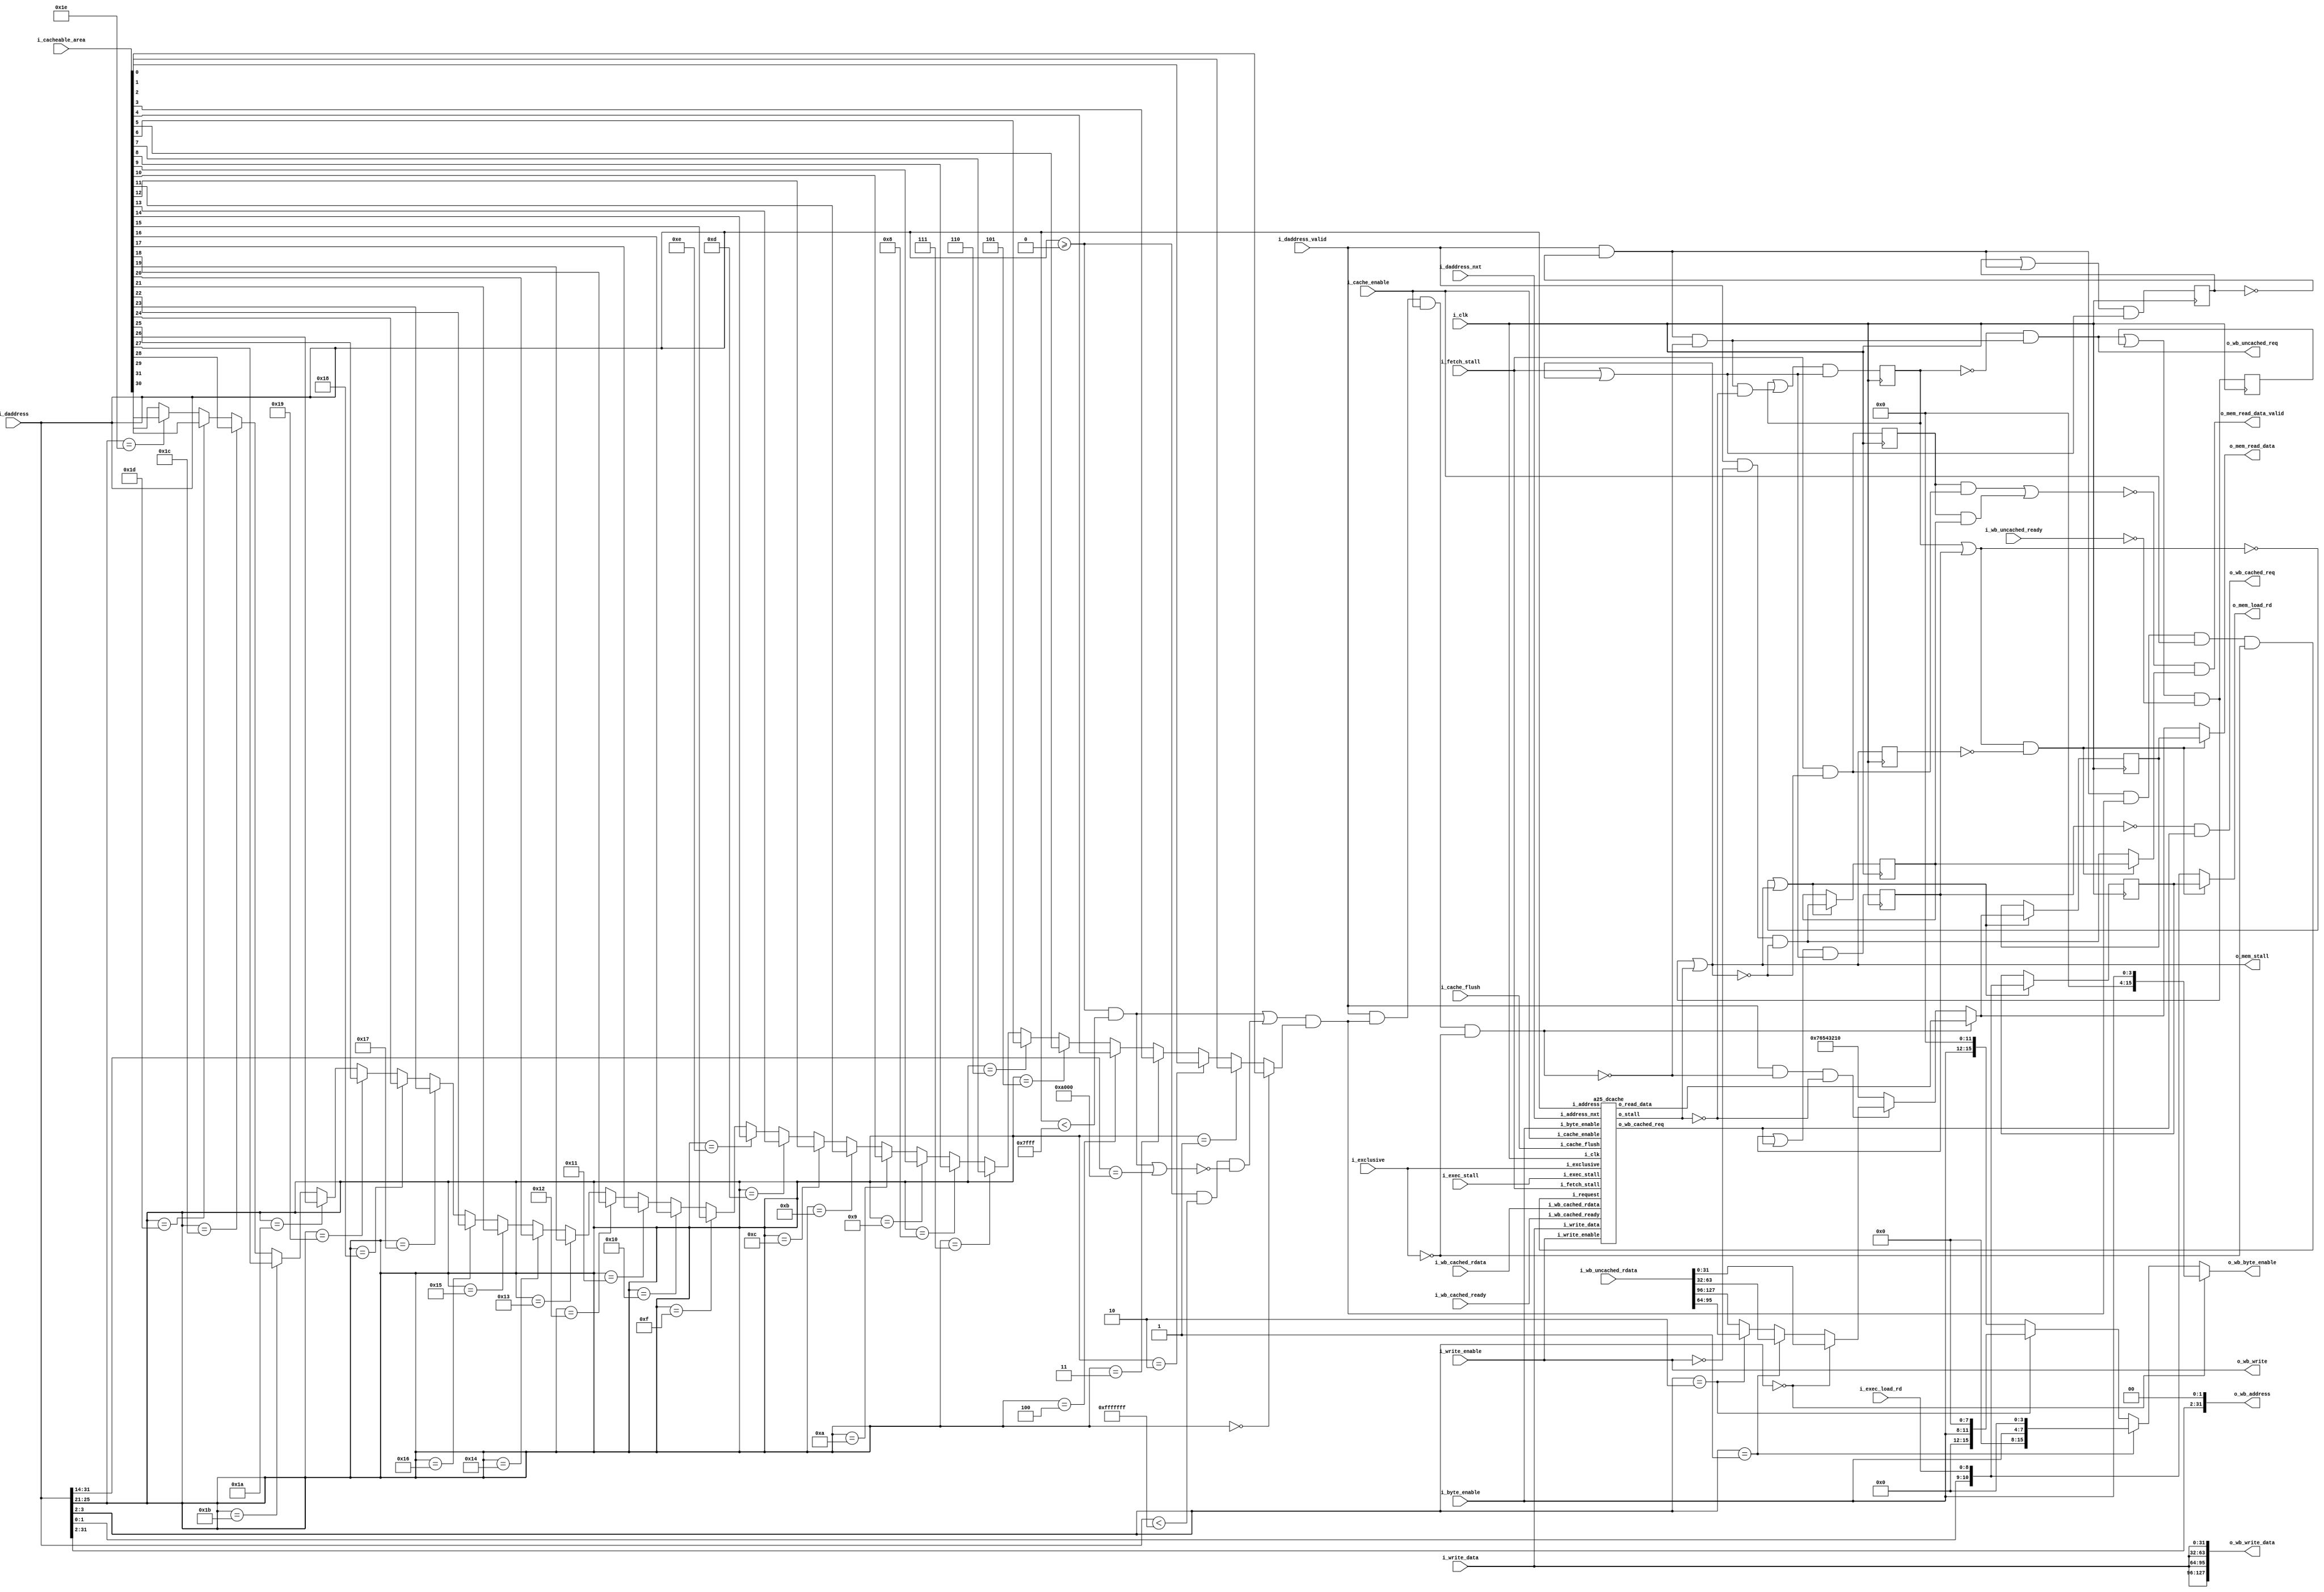
`define ADDR_WIDTH_21_8 8
`define DATA_WIDTH_21_8 21
`define ADDR_WIDTH_128_8 8
`define DATA_WIDTH_128_8 128
`define _A25_CONFIG_DEFINES
`define A25_ICACHE_WAYS 4
`define A25_DCACHE_WAYS 4
`define _A25_CONFIG_DEFINES
`define A25_ICACHE_WAYS 4
`define A25_DCACHE_WAYS 4
//`define A25_DECOMPILE
//`define A25_COPRO15_DEBUG
//`define A25_CACHE_DEBUG
//    `define A25_DECOMPILE_FILE    "amber.dis"

module a25_mem(
		i_clk,
		i_fetch_stall,          
		i_exec_stall,          
		o_mem_stall,        
 
		i_daddress,
		i_daddress_valid,
		i_daddress_nxt,        
		i_write_data,
		i_write_enable,
		i_exclusive,            
		i_byte_enable,
		i_exec_load_rd,         
		i_cache_enable,       
		i_cache_flush,    
		i_cacheable_area,    
 
		o_mem_read_data,
		o_mem_read_data_valid,
		o_mem_load_rd,        
                                                       
		o_wb_cached_req,  
		o_wb_uncached_req,     
		o_wb_write,            
		o_wb_byte_enable,   
		o_wb_write_data,
		o_wb_address,                                         
		i_wb_uncached_rdata,                            
		i_wb_cached_rdata,                                
		i_wb_cached_ready,      
		i_wb_uncached_ready     
		);
 


input                       i_clk;
input                       i_fetch_stall;          // Fetch stage asserting stall
input                       i_exec_stall;           // Execute stage asserting stall
output                      o_mem_stall;            // Mem stage asserting stall
 
input       [31:0]          i_daddress;
input                       i_daddress_valid;
input       [31:0]          i_daddress_nxt;         // un-registered version of address to the cache rams
input       [31:0]          i_write_data;
input                       i_write_enable;
input                       i_exclusive;            // high for read part of swap access
input       [3:0]           i_byte_enable;
input       [8:0]           i_exec_load_rd;         // The destination register for a load instruction
input                       i_cache_enable;         // cache enable
input                       i_cache_flush;          // cache flush
input       [31:0]          i_cacheable_area;       // each bit corresponds to 2MB address space
 
output      [31:0]          o_mem_read_data;
output                      o_mem_read_data_valid;
output      [10:0]          o_mem_load_rd;          // The destination register for a load instruction
 
// Wishbone accesses                                                         
output                      o_wb_cached_req;        // Cached Request
output                      o_wb_uncached_req;      // Unached Request
output                      o_wb_write;             // Read=0, Write=1
output     [15:0]           o_wb_byte_enable;       // byte eable
output     [127:0]          o_wb_write_data;
output     [31:0]           o_wb_address;           // wb bus                                 
input      [127:0]          i_wb_uncached_rdata;    // wb bus                              
input      [127:0]          i_wb_cached_rdata;      // wb bus                              
input                       i_wb_cached_ready;      // wishbone access complete and read data valid
input                       i_wb_uncached_ready;     // wishbone access complete and read data valid
 
wire    [31:0]              cache_read_data;
wire                        address_cachable;
wire                        sel_cache_p;
wire                        sel_cache;
wire                        cached_wb_req;
wire                        uncached_data_access;
wire                        uncached_data_access_p;
wire                        cache_stall;
wire                        uncached_wb_wait;
reg                         uncached_wb_req_r = 1'd0;
reg                         uncached_wb_stop_r = 1'd0;
reg                         cached_wb_stop_r = 1'd0;
wire                        daddress_valid_p;  // pulse
reg      [31:0]             mem_read_data_r = 32'd0;
reg                         mem_read_data_valid_r = 1'd0;
reg      [10:0]             mem_load_rd_r = 11'd0;
wire     [10:0]             mem_load_rd_c;
wire     [31:0]             mem_read_data_c;
wire                        mem_read_data_valid_c;
reg                         mem_stall_r = 1'd0;
wire                        use_mem_reg;
reg                         fetch_only_stall_r = 1'd0;
wire                        fetch_only_stall;
wire                        void_output;
wire                        wb_stop;
reg                         daddress_valid_stop_r = 1'd0;
wire     [31:0]             wb_rdata32;
 
// ======================================
// Memory Decode
// ======================================

//assign address_cachable         = in_cachable_mem( i_daddress ) && i_cacheable_area[i_daddress[25:21]];
//in_cachable_mem = in_loboot_mem  ( address ) ||  in_main_mem  ( address ) ; 

 
// e.g. 24 for 32MBytes, 26 for 128MBytes
localparam MAIN_MSB             = 26; 
 
// e.g. 13 for 4k words
localparam BOOT_MSB             = 13;
 
localparam MAIN_BASE            = 32'h00000000; /*  Main Memory            */
localparam BOOT_BASE            = 32'h00000000; /*  Cachable Boot Memory   */
localparam AMBER_TM_BASE        = 16'h1300;      /*  Timers Module          */
localparam AMBER_IC_BASE        = 16'h1400;      /*  Interrupt Controller   */
localparam AMBER_UART0_BASE     = 16'h1600;      /*  UART 0                 */
localparam AMBER_UART1_BASE     = 16'h1700;      /*  UART 1                 */
localparam ETHMAC_BASE          = 16'h2000;      /*  Ethernet MAC           */
localparam HIBOOT_BASE          = 32'h28000000; /*  Uncachable Boot Memory */
localparam TEST_BASE            = 16'hf000;      /*  Test Module            */
 
 
 
//function in_loboot_mem;
//    input [31:0] address;
//begin
//in_loboot_mem  = (address >= BOOT_BASE   && 
//                 address < (BOOT_BASE   + 2**(BOOT_MSB+1)-1));
//end
//endfunction
 
 
//function in_hiboot_mem;
//    input [31:0] address;
//begin
//in_hiboot_mem  = (address[31:BOOT_MSB+1] == HIBOOT_BASE[31:BOOT_MSB+1]);
//		= (address[31:14] == HIBOOT_BASE>>(BOOT_MSB+1));   fixed

//end
//endfunction
 
 
//function in_boot_mem;
//    input [31:0] address;
//begin
//in_boot_mem  =  in_loboot_mem(address) || in_hiboot_mem(address);
//end
//endfunction
 
 
//function in_main_mem;
//    input [31:0] address;
//begin
//in_main_mem  = (address >= MAIN_BASE   && 
//                address < (MAIN_BASE   + 2**(MAIN_MSB+1)-1)) &&
//                !in_boot_mem ( address );
//end
//endfunction
 
 
// UART 0 address space
//function in_uart0;
//    input [31:0] address;
//begin
//    in_uart0 = address [31:16] == AMBER_UART0_BASE;
//end
//endfunction
 
 
// UART 1 address space
//function in_uart1;
//    input [31:0] address;
//begin
//    in_uart1 = address [31:16] == AMBER_UART1_BASE;
//end
//endfunction
 
 
// Interrupt Controller address space
//function in_ic;
//    input [31:0] address;
//begin
//    in_ic = address [31:16] == AMBER_IC_BASE;
//end
//endfunction
 
 
// Timer Module address space
//function in_tm;
//    input [31:0] address;
//begin
//    in_tm = address [31:16] == AMBER_TM_BASE;
//end
//endfunction
 
 
// Test module
//function in_test;
//    input [31:0] address;
//begin
//    in_test = address [31:16] == TEST_BASE;
//end
//endfunction
 
 
// Ethernet MAC
//function in_ethmac;
//    input [31:0] address;
//begin
//    in_ethmac = address [31:16] == ETHMAC_BASE;
//end
//endfunction
 
 
// Used in fetch.v and l2cache.v to allow accesses to these addresses
// to be cached
//function in_cachable_mem;
//    input [31:0] address;
//begin
//    in_cachable_mem = in_loboot_mem     ( address ) || 
//                      in_main_mem       ( address ) ; 
//end
//endfunction



assign address_cachable         = (
					 (i_daddress >= BOOT_BASE  &&  i_daddress < (BOOT_BASE   + 32'h7fff))     // in_loboot_mem  ( address )
					|| ( 
						(i_daddress >= MAIN_BASE  &&  i_daddress < (MAIN_BASE   + 32'hfffffff)) 
							&& !( (i_daddress >= BOOT_BASE && i_daddress < (BOOT_BASE  + 32'h7fff))
											||(i_daddress[31:14] == HIBOOT_BASE>>(14)))
					   )
				  )
				&& ((i_daddress[25:21] == 5'b00000) ? i_cacheable_area[0] :
					(i_daddress[25:21] == 5'b00001) ? i_cacheable_area[1] :
					(i_daddress[25:21] == 5'b00010) ? i_cacheable_area[2] :
					(i_daddress[25:21] == 5'b00011) ? i_cacheable_area[3] :
					(i_daddress[25:21] == 5'b00100) ? i_cacheable_area[4] :
					(i_daddress[25:21] == 5'b00101) ? i_cacheable_area[5] :
					(i_daddress[25:21] == 5'b00110) ? i_cacheable_area[6] :
					(i_daddress[25:21] == 5'b00111) ? i_cacheable_area[7] :
					(i_daddress[25:21] == 5'b01000) ? i_cacheable_area[8] :
					(i_daddress[25:21] == 5'b01001) ? i_cacheable_area[9] :
					(i_daddress[25:21] == 5'b01010) ? i_cacheable_area[10] :
					(i_daddress[25:21] == 5'b01011) ? i_cacheable_area[11] :
					(i_daddress[25:21] == 5'b01100) ? i_cacheable_area[12] :
					(i_daddress[25:21] == 5'b01101) ? i_cacheable_area[13] :
					(i_daddress[25:21] == 5'b01110) ? i_cacheable_area[14] :
					(i_daddress[25:21] == 5'b01111) ? i_cacheable_area[15] :
					(i_daddress[25:21] == 5'b10000) ? i_cacheable_area[16] :
					(i_daddress[25:21] == 5'b10001) ? i_cacheable_area[17] :
					(i_daddress[25:21] == 5'b10010) ? i_cacheable_area[18] :
					(i_daddress[25:21] == 5'b10011) ? i_cacheable_area[19] :
					(i_daddress[25:21] == 5'b10100) ? i_cacheable_area[20] :
					(i_daddress[25:21] == 5'b10101) ? i_cacheable_area[21] :
					(i_daddress[25:21] == 5'b10110) ? i_cacheable_area[22] :
					(i_daddress[25:21] == 5'b10111) ? i_cacheable_area[23] :
					(i_daddress[25:21] == 5'b11000) ? i_cacheable_area[24] :
					(i_daddress[25:21] == 5'b11001) ? i_cacheable_area[25] :
					(i_daddress[25:21] == 5'b11010) ? i_cacheable_area[26] :
					(i_daddress[25:21] == 5'b11011) ? i_cacheable_area[27] :
					(i_daddress[25:21] == 5'b11100) ? i_cacheable_area[28] :
					(i_daddress[25:21] == 5'b11101) ? i_cacheable_area[29] :
					(i_daddress[25:21] == 5'b11110) ? i_cacheable_area[30] :
					i_cacheable_area[31] );

//i_cacheable_area[i_daddress[25:21]];
assign sel_cache_p              = daddress_valid_p && address_cachable && i_cache_enable && !i_exclusive;
assign sel_cache                = i_daddress_valid && address_cachable && i_cache_enable && !i_exclusive;
assign uncached_data_access     = i_daddress_valid && !sel_cache && !cache_stall;
assign uncached_data_access_p   = daddress_valid_p && !sel_cache;
 
assign use_mem_reg              = wb_stop && !mem_stall_r;
assign o_mem_read_data          = use_mem_reg ? mem_read_data_r       : mem_read_data_c;
assign o_mem_load_rd            = use_mem_reg ? mem_load_rd_r         : mem_load_rd_c;
assign o_mem_read_data_valid    = !void_output && (use_mem_reg ? mem_read_data_valid_r : mem_read_data_valid_c);
 
 
// Return read data either from the wishbone bus or the cache
assign wb_rdata32               = i_daddress[3:2] == 2'd0 ? i_wb_uncached_rdata[ 31: 0] :
                                  i_daddress[3:2] == 2'd1 ? i_wb_uncached_rdata[ 63:32] :
                                  i_daddress[3:2] == 2'd2 ? i_wb_uncached_rdata[ 95:64] :
                                                            i_wb_uncached_rdata[127:96] ;
 
assign mem_read_data_c          = sel_cache             ? cache_read_data : 
                                  uncached_data_access  ? wb_rdata32      :
                                                          32'h76543210    ;
 
assign mem_load_rd_c            = {i_daddress[1:0], i_exec_load_rd};
assign mem_read_data_valid_c    = i_daddress_valid && !i_write_enable && !o_mem_stall;
 
assign o_mem_stall              = uncached_wb_wait || cache_stall;
 
// Request wishbone access
assign o_wb_byte_enable         = i_daddress[3:2] == 2'd0 ? {12'd0, i_byte_enable       } :
                                  i_daddress[3:2] == 2'd1 ? { 8'd0, i_byte_enable,  4'd0} :
                                  i_daddress[3:2] == 2'd2 ? { 4'd0, i_byte_enable,  8'd0} :
                                                            {       i_byte_enable, 12'd0} ;
 
assign o_wb_write               = i_write_enable;
assign o_wb_address             = {i_daddress[31:2], 2'd0};
assign o_wb_write_data          = {4{i_write_data}};
assign o_wb_cached_req          = !cached_wb_stop_r && cached_wb_req;
assign o_wb_uncached_req        = !uncached_wb_stop_r && uncached_data_access_p;
 
assign uncached_wb_wait         = (o_wb_uncached_req || uncached_wb_req_r) && !i_wb_uncached_ready;
 
always @( posedge i_clk )
    begin
    uncached_wb_req_r <=  (o_wb_uncached_req || uncached_wb_req_r) && !i_wb_uncached_ready;
    end
 
assign fetch_only_stall     = i_fetch_stall && !o_mem_stall;
 
always @( posedge i_clk )
    fetch_only_stall_r <= fetch_only_stall;
 
assign void_output = (fetch_only_stall_r && fetch_only_stall) || (fetch_only_stall_r && mem_read_data_valid_r);
 
 
// pulse this signal
assign daddress_valid_p = i_daddress_valid && !daddress_valid_stop_r;
 
always @( posedge i_clk )
    begin
    uncached_wb_stop_r      <= (uncached_wb_stop_r || (uncached_data_access_p&&!cache_stall)) && (i_fetch_stall || o_mem_stall);
    cached_wb_stop_r        <= (cached_wb_stop_r   || cached_wb_req)          && (i_fetch_stall || o_mem_stall);
    daddress_valid_stop_r   <= (daddress_valid_stop_r || daddress_valid_p)    && (i_fetch_stall || o_mem_stall);
    // hold this until the mem access completes
    mem_stall_r <= o_mem_stall;
    end
 
 
assign wb_stop = uncached_wb_stop_r || cached_wb_stop_r;
 
always @( posedge i_clk )
    if ( !wb_stop || o_mem_stall )
        begin
        mem_read_data_r         <= mem_read_data_c;
        mem_load_rd_r           <= mem_load_rd_c;
        mem_read_data_valid_r   <= mem_read_data_valid_c;
        end
 
 
// ======================================
// L1 Data Cache
// ======================================
a25_dcache u_dcache (
    .i_clk                      ( i_clk                 ),
    .i_request                  ( sel_cache_p           ),
    .i_exclusive                ( i_exclusive           ),
    .i_write_data               ( i_write_data          ),
    .i_write_enable             ( i_write_enable        ),
    .i_address                  ( i_daddress            ),
    .i_address_nxt              ( i_daddress_nxt        ),
    .i_byte_enable              ( i_byte_enable         ),
    .i_cache_enable             ( i_cache_enable        ),
    .i_cache_flush              ( i_cache_flush         ),
    .i_fetch_stall              ( i_fetch_stall         ),
    .i_exec_stall               ( i_exec_stall          ),
    .i_wb_cached_rdata          ( i_wb_cached_rdata     ),
    .i_wb_cached_ready          ( i_wb_cached_ready     ),

   .o_read_data                ( cache_read_data       ), 
   .o_stall                    ( cache_stall           ),
   .o_wb_cached_req            ( cached_wb_req         )

);
 
 
 
endmodule
module a25_dcache 

		(
		i_clk, 		
		i_request,
		i_exclusive,     
		i_write_data,
		i_write_enable,     
		i_address,         
		i_address_nxt,     
		i_byte_enable,
		i_cache_enable,  
		i_cache_flush,     
		i_fetch_stall,
		i_exec_stall,                                                   
		i_wb_cached_rdata,                            
		i_wb_cached_ready,  

		o_read_data,    
		o_stall, 
		o_wb_cached_req           
		);

 
 
`ifndef _A25_CONFIG_DEFINES
`define _A25_CONFIG_DEFINES
 
// Cache Ways
// Changing this parameter is the recommended
// way to change the Amber cache size; 2, 3, 4 and 8 ways are supported.
//
//   2 ways -> 8KB  cache
//   3 ways -> 12KB cache
//   4 ways -> 16KB cache
//   8 ways -> 32KB cache
//
//   e.g. if both caches have 8 ways, the total is 32KB icache + 32KB dcache = 64KB
 
`define A25_ICACHE_WAYS 4
`define A25_DCACHE_WAYS 4
 
 
// --------------------------------------------------------------------
// Debug switches 
// --------------------------------------------------------------------
 
// Enable the decompiler. The default output file is amber.dis
//`define A25_DECOMPILE
 
// Co-processor 15 debug. Registers in here control the cache
//`define A25_COPRO15_DEBUG
 
// Cache debug
//`define A25_CACHE_DEBUG
 
// --------------------------------------------------------------------
 
 
// --------------------------------------------------------------------
// File Names
// --------------------------------------------------------------------
//`ifndef A25_DECOMPILE_FILE
//    `define A25_DECOMPILE_FILE    "amber.dis"
//`endif

`endif
// ---------------------------------------------------------
// Cache Configuration
 
// Limited to Linux 4k page sizes -> 256 lines
parameter CACHE_LINES          = 256;

// This cannot be changed without some major surgeory on
// this module                                       
parameter CACHE_WORDS_PER_LINE = 4;
 
// Changing this parameter is the recommended
// way to change the overall cache size; 2, 4 and 8 ways are supported.
//   2 ways -> 8KB  cache
//   4 ways -> 16KB cache
//   8 ways -> 32KB cache
parameter WAYS              = `A25_DCACHE_WAYS;			//4
 
// derived configuration parameters
//parameter CACHE_ADDR_WIDTH  = log2 ( CACHE_LINES );                        // = 8
//parameter WORD_SEL_WIDTH    = log2 ( CACHE_WORDS_PER_LINE );               // = 2
//parameter TAG_ADDR_WIDTH    = 32 - CACHE_ADDR_WIDTH - WORD_SEL_WIDTH - 2;  // = 20
//parameter TAG_WIDTH         = TAG_ADDR_WIDTH + 1;                          // = 21, including Valid flag
//parameter CACHE_LINE_WIDTH  = CACHE_WORDS_PER_LINE * 32;                   // = 128
//parameter TAG_ADDR32_LSB    = CACHE_ADDR_WIDTH + WORD_SEL_WIDTH + 2;       // = 12
//parameter CACHE_ADDR32_MSB  = CACHE_ADDR_WIDTH + WORD_SEL_WIDTH + 2 - 1;   // = 11
//parameter CACHE_ADDR32_LSB  =                    WORD_SEL_WIDTH + 2;   // = 4
//parameter WORD_SEL_MSB      = WORD_SEL_WIDTH + 2 - 1;                      // = 3
//parameter WORD_SEL_LSB      =                  2;                           // = 2
// ---------------------------------------------------------

parameter CACHE_ADDR_WIDTH  = 8;                        // = 8
parameter WORD_SEL_WIDTH    = 2;         	      // = 2
parameter TAG_ADDR_WIDTH    = 20;  			// = 20
parameter TAG_WIDTH         = 21;                          // = 21, including Valid flag
parameter CACHE_LINE_WIDTH  = 128;                   // = 128
parameter TAG_ADDR32_LSB    = 12;     		  // = 12
parameter CACHE_ADDR32_MSB  = 11;  			 // = 11
parameter CACHE_ADDR32_LSB  = 4;  			 // = 4
parameter WORD_SEL_MSB      = 3;                      // = 3
parameter WORD_SEL_LSB      = 2;                           // = 2


input                               i_clk; 		// Read / Write requests from core
input                               i_request;
input                               i_exclusive;        // exclusive access, part of swap instruction
input      [31:0]                   i_write_data;
input                               i_write_enable;     // write request from execute stage
input      [31:0]                   i_address;          // registered address from execute
input      [31:0]                   i_address_nxt;      // un-registered version of address from execute stage
input      [3:0]                    i_byte_enable;
input                               i_cache_enable;     // from co-processor 15 configuration register
input                               i_cache_flush;      // from co-processor 15 register
 
output      [31:0]                  o_read_data;                                                       
input                               i_fetch_stall;
input                               i_exec_stall;
output                              o_stall;
 
// WB Read Request                                                          
output                              o_wb_cached_req;        // Read Request
input      [127:0]                  i_wb_cached_rdata;      // wb bus                              
input                               i_wb_cached_ready;       // wb_stb && !wb_ack
 
//////////////////////////////////////////////////////////////////
//                                                              //
//  Parameters file for Amber 25 Core                           //
//                                                              //
//  This file is part of the Amber project                      //
//  http://www.opencores.org/project,amber                      //
//                                                              //
//  Description                                                 //
//  Holds general parameters that are used is several core      //
//  modules                                                     //
//                                                              //
//  Author(s):                                                  //
//      - Conor Santifort, csantifort.amber@gmail.com           //
//                                                              //
//////////////////////////////////////////////////////////////////
//                                                              //
// Copyright (C) 2011 Authors and OPENCORES.ORG                 //
//                                                              //
// This source file may be used and distributed without         //
// restriction provided that this copyright statement is not    //
// removed from the file and that any derivative work contains  //
// the original copyright notice and the associated disclaimer. //
//                                                              //
// This source file is free software; you can redistribute it   //
// and/or modify it under the terms of the GNU Lesser General   //
// Public License as published by the Free Software Foundation; //
// either version 2.1 of the License, or (at your option) any   //
// later version.                                               //
//                                                              //
// This source is distributed in the hope that it will be       //
// useful, but WITHOUT ANY WARRANTY; without even the implied   //
// warranty of MERCHANTABILITY or FITNESS FOR A PARTICULAR      //
// PURPOSE.  See the GNU Lesser General Public License for more //
// details.                                                     //
//                                                              //
// You should have received a copy of the GNU Lesser General    //
// Public License along with this source; if not, download it   //
// from http://www.opencores.org/lgpl.shtml                     //
//                                                              //
//////////////////////////////////////////////////////////////////
 
 
// Instruction Types
localparam [3:0]    REGOP       = 4'h0, // Data processing
                    MULT        = 4'h1, // Multiply
                    SWAP        = 4'h2, // Single Data Swap
                    TRANS       = 4'h3, // Single data transfer
                    MTRANS      = 4'h4, // Multi-word data transfer
                    BRANCH      = 4'h5, // Branch
                    CODTRANS    = 4'h6, // Co-processor data transfer
                    COREGOP     = 4'h7, // Co-processor data operation
                    CORTRANS    = 4'h8, // Co-processor register transfer
                    SWI         = 4'h9; // software interrupt
 
 
// Opcodes
localparam [3:0] AND = 4'h0,        // Logical AND
                 EOR = 4'h1,        // Logical Exclusive OR
                 SUB = 4'h2,        // Subtract
                 RSB = 4'h3,        // Reverse Subtract
                 ADD = 4'h4,        // Add
                 ADC = 4'h5,        // Add with Carry
                 SBC = 4'h6,        // Subtract with Carry
                 RSC = 4'h7,        // Reverse Subtract with Carry
                 TST = 4'h8,        // Test  (using AND operator)
                 TEQ = 4'h9,        // Test Equivalence (using EOR operator)
                 CMP = 4'ha,       // Compare (using Subtract operator)
                 CMN = 4'hb,       // Compare Negated
                 ORR = 4'hc,       // Logical OR
                 MOV = 4'hd,       // Move
                 BIC = 4'he,       // Bit Clear (using AND & NOT operators)
                 MVN = 4'hf;       // Move NOT
 
// Condition Encoding
localparam [3:0] EQ  = 4'h0,        // Equal            / Z set
                 NE  = 4'h1,        // Not equal        / Z clear
                 CS  = 4'h2,        // Carry set        / C set
                 CC  = 4'h3,        // Carry clear      / C clear
                 MI  = 4'h4,        // Minus            / N set
                 PL  = 4'h5,        // Plus             / N clear
                 VS  = 4'h6,        // Overflow         / V set
                 VC  = 4'h7,        // No overflow      / V clear
                 HI  = 4'h8,        // Unsigned higher  / C set and Z clear
                 LS  = 4'h9,        // Unsigned lower
                                    // or same          / C clear or Z set
                 GE  = 4'ha,        // Signed greater 
                                    // than or equal    / N == V
                 LT  = 4'hb,        // Signed less than / N != V
                 GT  = 4'hc,        // Signed greater
                                    // than             / Z == 0, N == V
                 LE  = 4'hd,        // Signed less than
                                    // or equal         / Z == 1, N != V
                 AL  = 4'he,        // Always
                 NV  = 4'hf;        // Never
 
// Any instruction with a condition field of 0b1111 is UNPREDICTABLE.                
 
// Shift Types
localparam [1:0] LSL = 2'h0,
                 LSR = 2'h1,
                 ASR = 2'h2,
                 RRX = 2'h3,
                 ROR = 2'h3; 
 
// Modes
localparam [1:0] SVC  =  2'b11,  // Supervisor
                 IRQ  =  2'b10,  // Interrupt
                 FIRQ =  2'b01,  // Fast Interrupt
                 USR  =  2'b00;  // User
 
// One-Hot Mode encodings
localparam [5:0] OH_USR  = 0,
                 OH_IRQ  = 1,
                 OH_FIRQ = 2,
                 OH_SVC  = 3;
 
 
// One-hot encoded
localparam       C_INIT   = 0,
                 C_CORE   = 1,
                 C_FILL   = 2,
                 C_INVA   = 3,
                 C_STATES = 4;
 
localparam [3:0] CS_INIT               = 4'd0,
                 CS_IDLE               = 4'd1,
                 CS_FILL               = 4'd2,
                 CS_FILL_COMPLETE      = 4'd3,
                 CS_TURN_AROUND        = 4'd4,
                 CS_WRITE_HIT          = 4'd5,
                 CS_WRITE_HIT_WAIT_WB  = 4'd6,
                 CS_WRITE_MISS_WAIT_WB = 4'd7,
                 CS_EX_DELETE          = 4'd8;
 
 
reg  [3:0]                  c_state    = CS_IDLE;
//reg  [C_STATES-1:0]         source_sel = 4'd1 << C_CORE;
reg  [C_STATES-1:0]         source_sel = 4'b10;
reg  [CACHE_ADDR_WIDTH:0]   init_count = 9'd0;
 
wire [TAG_WIDTH-1:0]        tag_rdata_way0;
wire [TAG_WIDTH-1:0]        tag_rdata_way1;
wire [TAG_WIDTH-1:0]        tag_rdata_way2;
wire [TAG_WIDTH-1:0]        tag_rdata_way3;
wire [CACHE_LINE_WIDTH-1:0] data_rdata_way0;
wire [CACHE_LINE_WIDTH-1:0] data_rdata_way1;
wire [CACHE_LINE_WIDTH-1:0] data_rdata_way2;
wire [CACHE_LINE_WIDTH-1:0] data_rdata_way3;
wire [WAYS-1:0]             data_wenable_way;
wire [WAYS-1:0]             data_hit_way;
reg  [WAYS-1:0]             data_hit_way_r = 4'd0;
wire [WAYS-1:0]             tag_wenable_way;
reg  [WAYS-1:0]             select_way = 4'd0;
wire [WAYS-1:0]             next_way;
reg  [WAYS-1:0]             valid_bits_r = 4'd0;
 
reg  [3:0]                  random_num = 4'hf;
 
wire [CACHE_ADDR_WIDTH-1:0] tag_address;
wire [TAG_WIDTH-1:0]        tag_wdata;
wire                        tag_wenable;
 
wire [CACHE_LINE_WIDTH-1:0] read_miss_wdata;
wire [CACHE_LINE_WIDTH-1:0] write_hit_wdata;
reg  [CACHE_LINE_WIDTH-1:0] data_wdata_r = 128'd0;
wire [CACHE_LINE_WIDTH-1:0] consecutive_write_wdata;
wire [CACHE_LINE_WIDTH-1:0] data_wdata;
wire [CACHE_ADDR_WIDTH-1:0] data_address;
wire [31:0]                 write_data_word;
 
wire                        idle_hit;
wire                        read_miss;
wire                        write_miss;
wire                        write_hit;
wire                        consecutive_write;
wire                        fill_state;
 
reg  [31:0]                 miss_address = 32'd0;
wire [CACHE_LINE_WIDTH-1:0] hit_rdata;
 
wire                        read_stall;
wire                        write_stall;
wire                        cache_busy_stall;
wire                        core_stall;
wire                        write_state;
 
wire                        request_pulse;
wire                        request_hold;
reg                         request_r = 1'd0;
wire [CACHE_ADDR_WIDTH-1:0] address;
reg  [CACHE_LINE_WIDTH-1:0] wb_rdata_burst = 128'd0;
 
wire                        exclusive_access;
wire                        ex_read_hit;
reg                         ex_read_hit_r = 1'd0;
reg  [WAYS-1:0]             ex_read_hit_way = 4'd0;
reg  [CACHE_ADDR_WIDTH-1:0] ex_read_address;
wire                        ex_read_hit_clear;
wire                        ex_read_cache_busy;
 
reg  [31:0]                 wb_address = 32'd0;
//wire                        rbuf_hit = 1'd0;
wire                        wb_hit;
wire [127:0]                read_data128;
//genvar                      i;

 
// ======================================
// Address to use for cache access
// ======================================
// If currently stalled then the address for the next
// cycle will be the same as it is in the current cycle
//
assign core_stall = i_fetch_stall || i_exec_stall || o_stall;
 
assign address = core_stall ? i_address    [CACHE_ADDR32_MSB:CACHE_ADDR32_LSB] :
                              i_address_nxt[CACHE_ADDR32_MSB:CACHE_ADDR32_LSB] ;
 
// ======================================
// Outputs
// ======================================
 
assign read_data128 = wb_hit ? i_wb_cached_rdata : hit_rdata;
 
assign o_read_data  = i_address[WORD_SEL_MSB:WORD_SEL_LSB] == 2'd0 ? read_data128 [31:0]   :
                      i_address[WORD_SEL_MSB:WORD_SEL_LSB] == 2'd1 ? read_data128 [63:32]  :
                      i_address[WORD_SEL_MSB:WORD_SEL_LSB] == 2'd2 ? read_data128 [95:64]  :
                                                                     read_data128 [127:96] ;
 
// Don't allow the cache to stall the wb i/f for an exclusive access
// The cache needs a couple of cycles to flush a potential copy of the exclusive
// address, but the wb can do the access in parallel. So there is no
// stall in the state CS_EX_DELETE, even though the cache is out of action. 
// This works fine as long as the wb is stalling the core
assign o_stall         = request_hold && ( read_stall || write_stall || cache_busy_stall || ex_read_cache_busy );
 
assign o_wb_cached_req = ( (read_miss || write_miss || write_hit) && c_state == CS_IDLE ) || consecutive_write;
 
 
// ======================================
// Cache State Machine
// ======================================
 
// Little State Machine to Flush Tag RAMS
always @ ( posedge i_clk )
    if ( i_cache_flush )
        begin
        c_state     <= CS_INIT;
        source_sel  <= 4'b1;  //1'd1 << C_INIT
        init_count  <= 9'd0;
        `ifdef A25_CACHE_DEBUG  
        `TB_DEBUG_MESSAGE  
        $display("Cache Flush");
        `endif            
        end
    else    
        case ( c_state )
            CS_INIT :
                if ( init_count < CACHE_LINES )
                    begin
                    init_count  <= init_count + 1'd1;
   		    source_sel  <= 4'b1;  //1'd1 << C_INIT
                    end
                else
                    begin
                    source_sel  <= 4'b10;  //1'd1 << C_CORE
                    c_state     <= CS_TURN_AROUND;
                    end 
 
             CS_IDLE :
                begin
	        if ( ex_read_hit || ex_read_hit_r )
		            begin
		            select_way  <= data_hit_way | ex_read_hit_way;
		            c_state     <= CS_EX_DELETE;        
		            source_sel  <= 4'b1000;   //1'd1 << C_INVA
		            end
		        else if ( read_miss ) 
			begin
		            c_state <= CS_FILL; 
            		source_sel  <= 4'b10;  //1'd1 << C_CORE
			end
		        else if ( write_hit )
		            begin
            			source_sel  <= 4'b10;  //1'd1 << C_CORE
		            if ( i_wb_cached_ready )
		                c_state <= CS_WRITE_HIT;  
      
		            else    
		                c_state <= CS_WRITE_HIT_WAIT_WB;        
		            end    
		        else if ( write_miss && !i_wb_cached_ready )
			begin
            			source_sel  <= 4'b10;  //1'd1 << C_CORE
		                c_state <= CS_WRITE_MISS_WAIT_WB;        
			end
                end
 
 
             CS_FILL :
                // third read of burst of 4
                // wb read request asserted, wait for ack
                if ( i_wb_cached_ready ) 
                    begin
                    c_state     <= CS_FILL_COMPLETE;
                    source_sel  <= 4'b100;   //1'd1 << C_FILL
 
                    // Pick a way to write the cache update into
                    // Either pick one of the invalid caches, or if all are valid, then pick
                    // one randomly
 
                    select_way  <= next_way; 
                    random_num  <= {random_num[2], random_num[1], random_num[0], 
                                     random_num[3]^random_num[2]};
                    end
 
 
             // Write the read fetch data in this cycle
             CS_FILL_COMPLETE : 
                begin
                // Back to normal cache operations, but
                // use physical address for first read as
                // address moved before the stall was asserted for the read_miss
                // However don't use it if its a non-cached address!
                source_sel  <= 4'b10;  //1'd1 << C_CORE          
                c_state     <= CS_TURN_AROUND;    
                end                                 
 
 
             // Ignore the tag read data in this cycle   
             // Wait 1 cycle to pre-read the cache and return to normal operation                 
             CS_TURN_AROUND : 
                begin
                c_state     <= CS_IDLE;
                end
 
 
             // Flush the entry matching an exclusive access         
             CS_EX_DELETE:       
                begin
                `ifdef A25_CACHE_DEBUG    
                `TB_DEBUG_MESSAGE
                $display("Cache deleted Locked entry");
                `endif    
                c_state    <= CS_TURN_AROUND;
                source_sel  <= 4'b10;  //1'd1 << C_CORE 
                end
 
 
             CS_WRITE_HIT:
                if ( !consecutive_write )           
                    c_state     <= CS_IDLE;
 
 
             CS_WRITE_HIT_WAIT_WB:
                // wait for an ack on the wb bus to complete the write
                if ( i_wb_cached_ready ) 
                    c_state     <= CS_IDLE;
 
 
             CS_WRITE_MISS_WAIT_WB:
                // wait for an ack on the wb bus to complete the write
                if ( i_wb_cached_ready ) 
                    c_state     <= CS_IDLE;
 
        endcase                       
 
 
// ======================================
// Capture WB Block Read - burst of 4 words
// ======================================
always @ ( posedge i_clk )
    if ( i_wb_cached_ready )
        wb_rdata_burst <= i_wb_cached_rdata;
 
 
 
// ======================================
// Miss Address
// ======================================
always @ ( posedge i_clk )
    if ( o_wb_cached_req || write_hit )
        miss_address <= i_address;
 
always @ ( posedge i_clk )
    if ( write_hit )
        begin
        data_hit_way_r      <= data_hit_way;
        end
 
always @ ( posedge i_clk )
    if ( write_hit || consecutive_write )
        begin
        data_wdata_r   <= data_wdata;
        end
 
assign consecutive_write = miss_address[31:4] == i_address[31:4] && 
                           i_write_enable && 
                           c_state == CS_WRITE_HIT && 
                           request_pulse;
 
 
always @(posedge i_clk)
    if ( o_wb_cached_req )
        wb_address <= i_address;
    else if ( i_wb_cached_ready && fill_state )    
        wb_address <= {wb_address[31:4], wb_address[3:2] + 1'd1, 2'd0};
 
assign fill_state       = c_state == CS_FILL ;
assign wb_hit           = i_address == wb_address && i_wb_cached_ready && fill_state;
 
 
// ======================================
// Hold Requests
// ======================================
always @(posedge i_clk)
    request_r <= (request_pulse || request_r) && o_stall;
 
assign request_hold = request_pulse || request_r;
 
 
// ======================================
// Remember Read-Modify-Write Hit
// ======================================
assign ex_read_hit_clear = c_state == CS_EX_DELETE;
 
always @ ( posedge i_clk )
    if ( ex_read_hit_clear )
        begin
        ex_read_hit_r   <= 1'd0;
        ex_read_hit_way <= 4'd0;
        end
    else if ( ex_read_hit )
        begin
 
        `ifdef A25_CACHE_DEBUG
            `TB_DEBUG_MESSAGE
            $display ("Exclusive access cache hit address 0x%08h", i_address);
        `endif
 
        ex_read_hit_r   <= 1'd1;
        ex_read_hit_way <= data_hit_way;
        end
    else if ( c_state == CS_FILL_COMPLETE && ex_read_hit_r )
        ex_read_hit_way <= select_way;
 
 
always @ (posedge i_clk)
    if ( ex_read_hit )
        ex_read_address <= i_address[CACHE_ADDR32_MSB:CACHE_ADDR32_LSB];
 
 
assign tag_address      = source_sel[C_FILL] ? miss_address      [CACHE_ADDR32_MSB:CACHE_ADDR32_LSB] :
                          source_sel[C_INVA] ? ex_read_address                                       :
                          source_sel[C_INIT] ? init_count[CACHE_ADDR_WIDTH-1:0]                      :
                          source_sel[C_CORE] ? address                                               :
                                               {CACHE_ADDR_WIDTH{1'd0}}                              ;
 
 
assign data_address     = consecutive_write  ? miss_address[CACHE_ADDR32_MSB:CACHE_ADDR32_LSB] : 
                          write_hit          ? i_address   [CACHE_ADDR32_MSB:CACHE_ADDR32_LSB] :
                          source_sel[C_FILL] ? miss_address[CACHE_ADDR32_MSB:CACHE_ADDR32_LSB] : 
                          source_sel[C_CORE] ? address                                         :
                                               {CACHE_ADDR_WIDTH{1'd0}}                        ;
 
 
assign tag_wdata        = source_sel[C_FILL] ? {1'd1, miss_address[31:12]} :  // [31:TAG_ADDR32_LSB]
                                               {TAG_WIDTH{1'd0}}                       ;
 
 
    // Data comes in off the WB bus in wrap4 with the missed data word first
assign data_wdata       = write_hit && c_state == CS_IDLE ? write_hit_wdata : 
                          consecutive_write               ? consecutive_write_wdata :
                                                            read_miss_wdata ;
 
assign read_miss_wdata  = wb_rdata_burst;
 
 
assign write_hit_wdata  = i_address[3:2] == 2'd0 ? {hit_rdata[127:32], write_data_word                   } :
                          i_address[3:2] == 2'd1 ? {hit_rdata[127:64], write_data_word, hit_rdata[31:0]  } :
                          i_address[3:2] == 2'd2 ? {hit_rdata[127:96], write_data_word, hit_rdata[63:0]  } :
                                                   {                   write_data_word, hit_rdata[95:0]  } ;
wire [31:0] con_read_data_word;
wire [31:0] con_write_data_word;
 
assign consecutive_write_wdata = 
                          i_address[3:2] == 2'd0 ? {data_wdata_r[127:32], con_write_data_word                           } :
                          i_address[3:2] == 2'd1 ? {data_wdata_r[127:64], con_write_data_word, data_wdata_r[31:0]  } :
                          i_address[3:2] == 2'd2 ? {data_wdata_r[127:96], con_write_data_word, data_wdata_r[63:0]  } :
                                                   {                      con_write_data_word, data_wdata_r[95:0]  } ;
assign con_read_data_word = 
                          i_address[3:2] == 2'd0 ? data_wdata_r[ 31:  0] :
                          i_address[3:2] == 2'd1 ? data_wdata_r[ 63: 32] : 
                          i_address[3:2] == 2'd2 ? data_wdata_r[ 95: 64] : 
                                                   data_wdata_r[127: 96] ;
 
 
assign con_write_data_word  = 
                          i_byte_enable == 4'b0001 ? { con_read_data_word[31: 8], i_write_data[ 7: 0]                          } :
                          i_byte_enable == 4'b0010 ? { con_read_data_word[31:16], i_write_data[15: 8], con_read_data_word[ 7:0]} :
                          i_byte_enable == 4'b0100 ? { con_read_data_word[31:24], i_write_data[23:16], con_read_data_word[15:0]} :
                          i_byte_enable == 4'b1000 ? {                            i_write_data[31:24], con_read_data_word[23:0]} :
                          i_byte_enable == 4'b0011 ? { con_read_data_word[31:16], i_write_data[15: 0]                          } :
                          i_byte_enable == 4'b1100 ? {                            i_write_data[31:16], con_read_data_word[15:0]} :
                                                                   i_write_data                                                  ;
 
 
 
 
// Use Byte Enables
assign write_data_word  = i_byte_enable == 4'b0001 ? { o_read_data[31: 8], i_write_data[ 7: 0]                   } :
                          i_byte_enable == 4'b0010 ? { o_read_data[31:16], i_write_data[15: 8], o_read_data[ 7:0]} :
                          i_byte_enable == 4'b0100 ? { o_read_data[31:24], i_write_data[23:16], o_read_data[15:0]} :
                          i_byte_enable == 4'b1000 ? {                     i_write_data[31:24], o_read_data[23:0]} :
                          i_byte_enable == 4'b0011 ? { o_read_data[31:16], i_write_data[15: 0]                   } :
                          i_byte_enable == 4'b1100 ? {                     i_write_data[31:16], o_read_data[15:0]} :
                                                     i_write_data                                                  ;
 
 
assign tag_wenable      = source_sel[C_INVA] ? 1'd1  :
                          source_sel[C_FILL] ? 1'd1  :
                          source_sel[C_INIT] ? 1'd1  :
                          source_sel[C_CORE] ? 1'd0  :
                                               1'd0  ;
 
 
assign request_pulse    = i_request && i_cache_enable;
 
assign exclusive_access = i_exclusive && i_cache_enable;
 
 
//always@(posedge i_clk)
//	idle_hit <= |data_hit_way;

assign idle_hit         = |data_hit_way;
 
assign write_hit        = request_hold &&  i_write_enable && idle_hit;
 
assign write_miss       = request_hold &&  i_write_enable && !idle_hit && !consecutive_write;
 
assign read_miss        = request_hold && !idle_hit && !i_write_enable;
 
                          // Exclusive read idle_hit
assign ex_read_hit      = exclusive_access && !i_write_enable && idle_hit;
 
                          // Added to fix rare swap bug which occurs when the cache starts
                          // a fill just as the swap instruction starts to execute. The cache
                          // fails to check for a read idle_hit on the swap read cycle.
                          // This signal stalls the core in that case until after the
                          // fill has completed.
assign ex_read_cache_busy = exclusive_access && !i_write_enable && c_state != CS_IDLE;
 
                          // Need to stall for a write miss to wait for the current wb 
                          // read miss access to complete. Also for a write idle_hit, need 
                          // to stall for 1 cycle while the data cache is being written to
assign write_state      = c_state == CS_IDLE || c_state == CS_WRITE_HIT ||  
                          c_state == CS_WRITE_HIT_WAIT_WB ||  c_state == CS_WRITE_MISS_WAIT_WB;
 
assign write_stall      = (write_miss && !(i_wb_cached_ready && write_state)) || (write_hit && !i_wb_cached_ready);
 
//assign read_stall       = request_hold && !idle_hit && !rbuf_hit && !wb_hit && !i_write_enable;

assign read_stall       = request_hold && !idle_hit && !wb_hit && !i_write_enable;
 
assign cache_busy_stall = c_state == CS_FILL_COMPLETE || c_state == CS_TURN_AROUND || c_state == CS_INIT ||
//                          (fill_state && !rbuf_hit && !wb_hit) ||
                          (fill_state && !wb_hit) ||
                          (c_state == CS_WRITE_HIT && !consecutive_write);
 
 
// ======================================
// Instantiate RAMS
// ======================================
 
//generate
//    for ( i=0; i<WAYS;i=i+1 ) begin : rams
 
        // Tag RAMs 
//        `ifdef XILINX_SPARTAN6_FPGA
//        xs6_sram_256x21_line_en
//        `endif
 
//        `ifdef XILINX_VIRTEX6_FPGA
//        xv6_sram_256x21_line_en
//        `endif
 
//        `ifndef XILINX_FPGA
//        generic_sram_line_en 
//        `endif
 
//            #(
//            .DATA_WIDTH                 ( TAG_WIDTH             ),
//            .INITIALIZE_TO_ZERO         ( 1                     ),
//            .ADDRESS_WIDTH              ( CACHE_ADDR_WIDTH      ))
        single_port_ram_21_8 u_tag0 (
            .clk                    ( i_clk                 ),
            .data                   ( tag_wdata             ),
            .we                     ( tag_wenable_way[0]    ),
            .addr                   ( tag_address           ),
            .out                    ( tag_rdata_way0      )
            );
 
        // Data RAMs 
//        `ifdef XILINX_SPARTAN6_FPGA
//        xs6_sram_256x128_byte_en
//        `endif
 
//       `ifdef XILINX_VIRTEX6_FPGA
//       xv6_sram_256x128_byte_en
//        `endif
 
//        `ifndef XILINX_FPGA
//        generic_sram_byte_en0
//        `endif
 
//            #(
//            .DATA_WIDTH    ( CACHE_LINE_WIDTH) ,
//            .ADDRESS_WIDTH ( CACHE_ADDR_WIDTH) )
        single_port_ram_128_8 u_data0 (
            .clk                      ( i_clk                         ),
            .data                     ( data_wdata                    ),
            .we                       ( data_wenable_way[0]           ),
            .addr                     ( data_address                  ),
//            .i_byte_enable              ( {CACHE_LINE_WIDTH/8{1'd1}}    ),
            .out                      ( data_rdata_way0             )
            );                                                     
 
 
        // Per tag-ram write-enable
        assign tag_wenable_way[0]  = tag_wenable && ( select_way[0] || source_sel[C_INIT] );
 
        // Per data-ram write-enable
        assign data_wenable_way[0] = (source_sel[C_FILL] && select_way[0]) || 
                                     (write_hit && data_hit_way[0] && c_state == CS_IDLE) ||
                                     (consecutive_write && data_hit_way_r[0]);
        // Per data-ram idle_hit flag
        assign data_hit_way[0]     = tag_rdata_way0[TAG_WIDTH-1] &&                                                  
                                     tag_rdata_way0[19:0] == i_address[31:12] &&  
                                     c_state == CS_IDLE;   



 	 single_port_ram_21_8 u_tag1 (
        	.clk                    ( i_clk                 ),
         	.data                   ( tag_wdata             ),
        	.we                     ( tag_wenable_way[1]    ),
        	.addr                   ( tag_address           ),
       		.out                    ( tag_rdata_way1      )
      		);

  
        single_port_ram_128_8 u_data1 (
            .clk                      ( i_clk                         ),
            .data                     ( data_wdata                    ),
            .we                       ( data_wenable_way[1]           ),
            .addr                     ( data_address                  ),
//            .i_byte_enable              ( {CACHE_LINE_WIDTH/8{1'd1}}    ),
            .out                      ( data_rdata_way1             )
            );          

        // Per tag-ram write-enable
        assign tag_wenable_way[1]  = tag_wenable && ( select_way[1] || source_sel[C_INIT] );
 
        // Per data-ram write-enable
        assign data_wenable_way[1] = (source_sel[C_FILL] && select_way[1]) || 
                                     (write_hit && data_hit_way[1] && c_state == CS_IDLE) ||
                                     (consecutive_write && data_hit_way_r[1]);
        // Per data-ram idle_hit flag
        assign data_hit_way[1]     = tag_rdata_way1[TAG_WIDTH-1] &&                                                  
                                     tag_rdata_way1[19:0] == i_address[31:12] &&  
                                     c_state == CS_IDLE;             


  single_port_ram_21_8 u_tag2 (
            .clk                    ( i_clk                 ),
            .data                   ( tag_wdata             ),
            .we                     ( tag_wenable_way[2]    ),
            .addr                   ( tag_address           ),
            .out                    ( tag_rdata_way2      )
            );

  
        single_port_ram_128_8 u_data2 (
            .clk                      ( i_clk                         ),
            .data                     ( data_wdata                    ),
            .we                       ( data_wenable_way[2]           ),
            .addr                     ( data_address                  ),
//            .i_byte_enable              ( {CACHE_LINE_WIDTH/8{1'd1}}    ),
            .out                      ( data_rdata_way2             )
            );          

        // Per tag-ram write-enable
        assign tag_wenable_way[2]  = tag_wenable && ( select_way[2] || source_sel[C_INIT] );
 
        // Per data-ram write-enable
        assign data_wenable_way[2] = (source_sel[C_FILL] && select_way[2]) || 
                                     (write_hit && data_hit_way[2] && c_state == CS_IDLE) ||
                                     (consecutive_write && data_hit_way_r[2]);
        // Per data-ram idle_hit flag
        assign data_hit_way[2]     = tag_rdata_way2[TAG_WIDTH-1] &&                                                  
                                     tag_rdata_way2[19:0] == i_address[31:12] &&  
                                     c_state == CS_IDLE; 


  single_port_ram_21_8 u_tag3 (
            .clk                    ( i_clk                 ),
            .data                   ( tag_wdata             ),
            .we                     ( tag_wenable_way[3]    ),
            .addr                   ( tag_address           ),
            .out                    ( tag_rdata_way3      )
            );

  
        single_port_ram_128_8 u_data3 (
            .clk                      ( i_clk                         ),
            .data                     ( data_wdata                    ),
            .we                       ( data_wenable_way[3]           ),
            .addr                     ( data_address                  ),
//            .i_byte_enable              ( {CACHE_LINE_WIDTH/8{1'd1}}    ),
            .out                      ( data_rdata_way3             )
            );          

        // Per tag-ram write-enable
        assign tag_wenable_way[3]  = tag_wenable && ( select_way[3] || source_sel[C_INIT] );
 
        // Per data-ram write-enable
        assign data_wenable_way[3] = (source_sel[C_FILL] && select_way[3]) || 
                                     (write_hit && data_hit_way[3] && c_state == CS_IDLE) ||
                                     (consecutive_write && data_hit_way_r[3]);
        // Per data-ram idle_hit flag
        assign data_hit_way[3]     = tag_rdata_way3[TAG_WIDTH-1] &&                                                  
                                     tag_rdata_way3[19:0] == i_address[31:12] &&  
                                     c_state == CS_IDLE; 
                                      
//    end                                                         
//endgenerate
 
 
// ======================================
// Register Valid Bits
// ======================================
//generate
//if ( WAYS == 2 ) begin : valid_bits_2ways
 
//    always @ ( posedge i_clk )
//        if ( c_state == CS_IDLE )
//            valid_bits_r <= {tag_rdata_way[1][TAG_WIDTH-1], 
//                             tag_rdata_way[0][TAG_WIDTH-1]};
 
//end
//else if ( WAYS == 3 ) begin : valid_bits_3ways
 
//    always @ ( posedge i_clk )
//      if ( c_state == CS_IDLE )
//            valid_bits_r <= {tag_rdata_way[2][TAG_WIDTH-1], 
//                             tag_rdata_way[1][TAG_WIDTH-1], 
//                             tag_rdata_way[0][TAG_WIDTH-1]};
 
//end
//else if ( WAYS == 4 ) begin : valid_bits_4ways
 
    always @ ( posedge i_clk )
        if ( c_state == CS_IDLE )

            valid_bits_r <= {tag_rdata_way3[TAG_WIDTH-1], 
                             tag_rdata_way2[TAG_WIDTH-1], 
                             tag_rdata_way1[TAG_WIDTH-1], 
                             tag_rdata_way0[TAG_WIDTH-1]};
 
//end
//else begin : valid_bits_8ways
 
//    always @ ( posedge i_clk )
//        if ( c_state == CS_IDLE )
//            valid_bits_r <= {tag_rdata_way[7][TAG_WIDTH-1], 
//                             tag_rdata_way[6][TAG_WIDTH-1], 
//                             tag_rdata_way[5][TAG_WIDTH-1], 
//                             tag_rdata_way[4][TAG_WIDTH-1], 
//                             tag_rdata_way[3][TAG_WIDTH-1], 
//                             tag_rdata_way[2][TAG_WIDTH-1], 
//                            tag_rdata_way[1][TAG_WIDTH-1], 
//                             tag_rdata_way[0][TAG_WIDTH-1]};
 
//end
//endgenerate
 
 
// ======================================
// Select read idle_hit data
// ======================================
 
//generate
//if ( WAYS == 2 ) begin : read_data_2ways
 
//    assign hit_rdata    = data_hit_way[0] ? data_rdata_way[0] :
//                          data_hit_way[1] ? data_rdata_way[1] :
//                                     {CACHE_LINE_WIDTH{1'd1}} ;  // all 1's for debug
 
//end
//else if ( WAYS == 3 ) begin : read_data_3ways
 
//    assign hit_rdata    = data_hit_way[0] ? data_rdata_way[0] :
//                          data_hit_way[1] ? data_rdata_way[1] :
//                          data_hit_way[2] ? data_rdata_way[2] :
//                                     {CACHE_LINE_WIDTH{1'd1}} ;  // all 1's for debug
 
//end
//else if ( WAYS == 4 ) begin : read_data_4ways
 
    assign hit_rdata    = data_hit_way[0] ? data_rdata_way0 :
                          data_hit_way[1] ? data_rdata_way1 :
                          data_hit_way[2] ? data_rdata_way2 :
                          data_hit_way[3] ? data_rdata_way3 :
			128'hffffffffffffffffffffffffffffffff;
                                 //    {CACHE_LINE_WIDTH{1'd1}} ;  // all 1's for debug
 
//end
//else begin : read_data_8ways
 
//    assign hit_rdata    = data_hit_way[0] ? data_rdata_way[0] :
//                          data_hit_way[1] ? data_rdata_way[1] :
//                          data_hit_way[2] ? data_rdata_way[2] :
//                          data_hit_way[3] ? data_rdata_way[3] :
//                         data_hit_way[4] ? data_rdata_way[4] :
//                          data_hit_way[5] ? data_rdata_way[5] :
//                          data_hit_way[6] ? data_rdata_way[6] :
//                          data_hit_way[7] ? data_rdata_way[7] :
//                                     {CACHE_LINE_WIDTH{1'd1}} ;  // all 1's for debug
 
//end
//endgenerate
 
 
// ======================================
// Function to select the way to use
// for fills
// ======================================
//generate
//if ( WAYS == 2 ) begin : pick_way_2ways
 
 //   assign next_way = pick_way ( valid_bits_r, random_num );
 
//    function [WAYS-1:0] pick_way;
 //   input [WAYS-1:0] valid_bits;
//    input [3:0]      random_num;
 //   begin
 //       if (      valid_bits[0] == 1'd0 )
            // way 0 not occupied so use it
//            pick_way     = 2'b01;
//        else if ( valid_bits[1] == 1'd0 )
            // way 1 not occupied so use it
//            pick_way     = 2'b10;
//        else
//            begin
            // All ways occupied so pick one randomly
//            case (random_num[3:1])
//                3'd0, 3'd3,
//                3'd5, 3'd6: pick_way = 2'b10;
//                default:    pick_way = 2'b01;
//            endcase
//            end
//   end
//    endfunction
 
//end
//else if ( WAYS == 3 ) begin : pick_way_3ways
 
//    assign next_way = pick_way ( valid_bits_r, random_num );
 
//    function [WAYS-1:0] pick_way;
//    input [WAYS-1:0] valid_bits;
//    input [3:0]      random_num;
//    begin
//        if (      valid_bits[0] == 1'd0 )
 //           // way 0 not occupied so use it
//            pick_way     = 3'b001;
//        else if ( valid_bits[1] == 1'd0 )
//            // way 1 not occupied so use it
//            pick_way     = 3'b010;
//        else if ( valid_bits[2] == 1'd0 )
            // way 2 not occupied so use it
//            pick_way     = 3'b100;
//        else
 //           begin
            // All ways occupied so pick one randomly
 //           case (random_num[3:1])
 //               3'd0, 3'd1, 3'd2: pick_way = 3'b010;
 //               3'd2, 3'd3, 3'd4: pick_way = 3'b100;
 //               default:          pick_way = 3'b001;
//            endcase
//            end
//    end
//    endfunction
 
//end
//else if ( WAYS == 4 ) begin : pick_way_4ways
 
//    assign next_way = pick_way ( valid_bits_r, random_num );
 
assign next_way   = 	valid_bits_r[0] == 1'd0 ? 4'b0001:
			valid_bits_r[1] == 1'd0 ? 4'b0010:
			valid_bits_r[2] == 1'd0 ? 4'b0100:
			valid_bits_r[3] == 1'd0 ? 4'b1000:
						  (
						    random_num[3:1] == 3'd0 ? 4'b0100:
						    random_num[3:1] == 3'd1 ? 4'b0100:
						    random_num[3:1] == 3'd2 ? 4'b1000:
						    random_num[3:1] == 3'd3 ? 4'b1000:
						    random_num[3:1] == 3'd4 ? 4'b0001:
						    random_num[3:1] == 3'd5 ? 4'b0001:
						    			      4'b0010
							);

//    function [WAYS-1:0] pick_way;
//   input [WAYS-1:0] valid_bits;
//   input [3:0]      random_num;
//    begin
//        if (      valid_bits[0] == 1'd0 )
//            // way 0 not occupied so use it
//            pick_way     = 4'b0001;
//        else if ( valid_bits[1] == 1'd0 )
//            // way 1 not occupied so use it
//            pick_way     = 4'b0010;
//        else if ( valid_bits[2] == 1'd0 )
 //           // way 2 not occupied so use it
//            pick_way     = 4'b0100;
//        else if ( valid_bits[3] == 1'd0 )
//            // way 3 not occupied so use it
//            pick_way     = 4'b1000;
 //       else
//            begin
            // All ways occupied so pick one randomly
//            case (random_num[3:1])
//                3'd0, 3'd1: pick_way = 4'b0100;
//                3'd2, 3'd3: pick_way = 4'b1000;
//                3'd4, 3'd5: pick_way = 4'b0001;
//                default:    pick_way = 4'b0010;
//           endcase
//            end
//    end
//    endfunction
 
//end
//else begin : pick_way_8ways
 
//    assign next_way = pick_way ( valid_bits_r, random_num );
 
//    function [WAYS-1:0] pick_way;
//    input [WAYS-1:0] valid_bits;CACHE_LINE_WIDTH
//    input [3:0]      random_num;
 //   begin
 //       if (      valid_bits[0] == 1'd0 )
            // way 0 not occupied so use it
//            pick_way     = 8'b00000001;
//        else if ( valid_bits[1] == 1'd0 )
            // way 1 not occupied so use it
//            pick_way     = 8'b00000010;
//        else if ( valid_bits[2] == 1'd0 )
            // way 2 not occupied so use it
//            pick_way     = 8'b00000100;
//        else if ( valid_bits[3] == 1'd0 )
            // way 3 not occupied so use it
//            pick_way     = 8'b00001000;
//        else if ( valid_bits[4] == 1'd0 )
            // way 3 not occupied so use it
//            pick_way     = 8'b00010000;
//        else if ( valid_bits[5] == 1'd0 )
            // way 3 not occupied so use it
//            pick_way     = 8'b00100000;
//        else if ( valid_bits[6] == 1'd0 )
            // way 3 not occupied so use it
//            pick_way     = 8'b01000000;
//        else if ( valid_bits[7] == 1'd0 )
            // way 3 not occupied so use it
//            pick_way     = 8'b10000000;
//        else
 //           begin
            // All ways occupied so pick one randomly
//            case (random_num[3:1])
//                3'd0:       pick_way = 8'b00010000;
//               3'd1:       pick_way = 8'b00100000;
//                3'd2:       pick_way = 8'b01000000;
//                3'd3:       pick_way = 8'b10000000;
//                3'd4:       pick_way = 8'b00000001;
//               3'd5:       pick_way = 8'b00000010;
//                3'd6:       pick_way = 8'b00000100;
//                default:    pick_way = 8'b00001000;
//            endcase
//            end
//    end
//   endfunction
 
//end
//endgenerate

 
// ========================================================
// Debug WB bus - not synthesizable
// ========================================================
//synopsys translate_off
//wire    [(6*8)-1:0]     xSOURCE_SEL;
//wire    [(22*8)-1:0]    xC_STATE;
// 
//assign xSOURCE_SEL = source_sel[C_CORE]               ? "C_CORE"                :
//                     source_sel[C_INIT]               ? "C_INIT"                :
//                     source_sel[C_FILL]               ? "C_FILL"                :
//							"C_INVA"                ;
// 
//assign xC_STATE    = c_state == CS_INIT               ? "CS_INIT"               :
//                     c_state == CS_IDLE               ? "CS_IDLE"               :
//                     c_state == CS_FILL               ? "CS_FILL"               :
//                     c_state == CS_FILL_COMPLETE      ? "CS_FILL_COMPLETE"      :
//                     c_state == CS_EX_DELETE          ? "CS_EX_DELETE"          :
//                     c_state == CS_TURN_AROUND        ? "CS_TURN_AROUND"        :
//                     c_state == CS_WRITE_HIT          ? "CS_WRITE_HIT"          :
//                     c_state == CS_WRITE_HIT_WAIT_WB  ? "CS_WRITE_HIT_WAIT_WB"  :
//							"CS_WRITE_MISS_WAIT_WB" ;
 
/* 
generate
if ( WAYS == 2 ) begin : check_hit_2ways
 
    always @( posedge i_clk )
        if ( (data_hit_way[0] + data_hit_way[1] ) > 4'd1 )
            begin
            `TB_ERROR_MESSAGE
            $display("Hit in more than one cache ways!");                                                  
            end
 
end
else if ( WAYS == 3 ) begin : check_hit_3ways
 
    always @( posedge i_clk )
        if ( (data_hit_way[0] + data_hit_way[1] + data_hit_way[2] ) > 4'd1 )
            begin
            `TB_ERROR_MESSAGE
            $display("Hit in more than one cache ways!");                                                  
            end
 
end
else if ( WAYS == 4 ) begin : check_hit_4ways
 
    always @( posedge i_clk )
        if ( (data_hit_way[0] + data_hit_way[1] + 
              data_hit_way[2] + data_hit_way[3] ) > 4'd1 )
            begin
            `TB_ERROR_MESSAGE
            $display("Hit in more than one cache ways!");                                                  
            end
 
end
else if ( WAYS == 8 )  begin : check_hit_8ways
 
    always @( posedge i_clk )
        if ( (data_hit_way[0] + data_hit_way[1] + 
              data_hit_way[2] + data_hit_way[3] +
              data_hit_way[4] + data_hit_way[5] +
              data_hit_way[6] + data_hit_way[7] ) > 4'd1 )
            begin
            `TB_ERROR_MESSAGE
            $display("Hit in more than one cache ways!");                                                  
            end
 
end
else begin : check_hit_nways
 
    initial
        begin
        ` 
        $display("Unsupported number of ways %0d", WAYS);
        $display("Set A25_DCACHE_WAYS in a25_config_defines.v to either 2,3,4 or 8");
        end
 
end
endgenerate
*/ 
 
//synopsys translate_on
 
endmodule
module single_port_ram_128_8(
			clk,
			data,
			we,
			addr, 
			out
			);
`define ADDR_WIDTH_128_8 8
`define DATA_WIDTH_128_8 128

    input 					clk;
    input	[`DATA_WIDTH_128_8-1:0] 	data;
    input 					we;
    input	[`ADDR_WIDTH_128_8-1:0] 	addr;

    
    output	[`DATA_WIDTH_128_8-1:0] 	out;
    reg		[`DATA_WIDTH_128_8-1:0] 	out;
     
    reg 	[`DATA_WIDTH_128_8-1:0] 	RAM[255:0];
     
    always @ (posedge clk) 
    begin 
        if (we) 
	begin
	RAM[addr] <= data;
        out <= RAM[addr]; 
	end
    end 
     
endmodule
module single_port_ram_21_8(
			clk,
			data,
			we,
			addr, 
			out
			);
`define ADDR_WIDTH_21_8 8
`define DATA_WIDTH_21_8 21

    input 				clk;
    input	[`DATA_WIDTH_21_8-1:0] 	data;
    input 				we;
    input	[`ADDR_WIDTH_21_8-1:0] 	addr;

    
    output	[`DATA_WIDTH_21_8-1:0] 	out;
    reg		[`DATA_WIDTH_21_8-1:0] 	out;
     
    reg 	[`DATA_WIDTH_21_8-1:0] 	RAM[255:0];
     
    always @ (posedge clk) 
    begin 
        if (we) 
	begin
	RAM[addr] <= data;
        out <= RAM[addr]; 
	end
    end 
     
endmodule